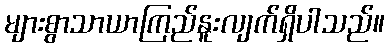
များစွာသာယာကြည်နူးလျက်ရှိပါသည်။